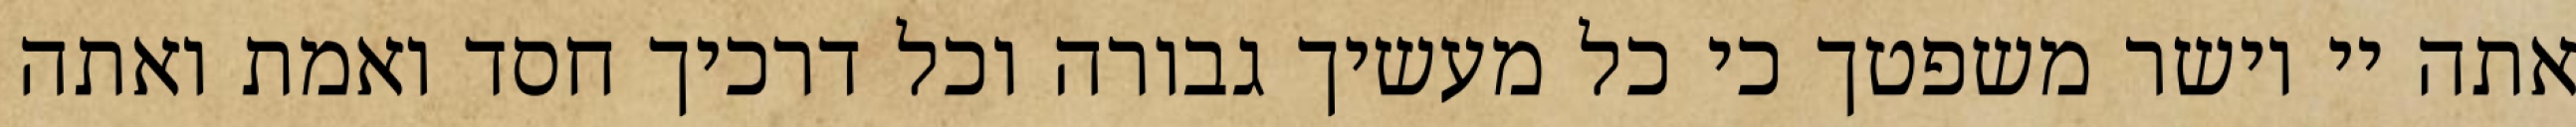
אתה יי וישר משפטך כי כל מעשיך גבורה וכל דרכיך חסד ואמת ואתה